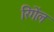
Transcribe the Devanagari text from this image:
रिंगेंल